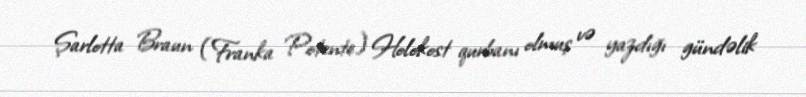
Şarlotta Braun (Franka Potente) Holokost qurbanı olmuş və yazdığı gündəlik